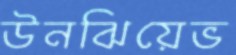
উনঝিয়েভ